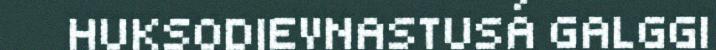
HUKSODIEVNASTUSÁ GALGGI